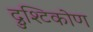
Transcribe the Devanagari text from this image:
द्रुश्टिकोण